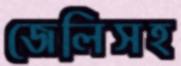
জেলিসহ